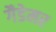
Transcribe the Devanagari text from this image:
गैडेमर